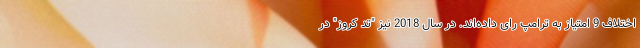
اختلاف 9 امتیاز به ترامپ رای داده‌اند. در سال 2018 نیز "تد کروز" در